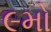
૯મો